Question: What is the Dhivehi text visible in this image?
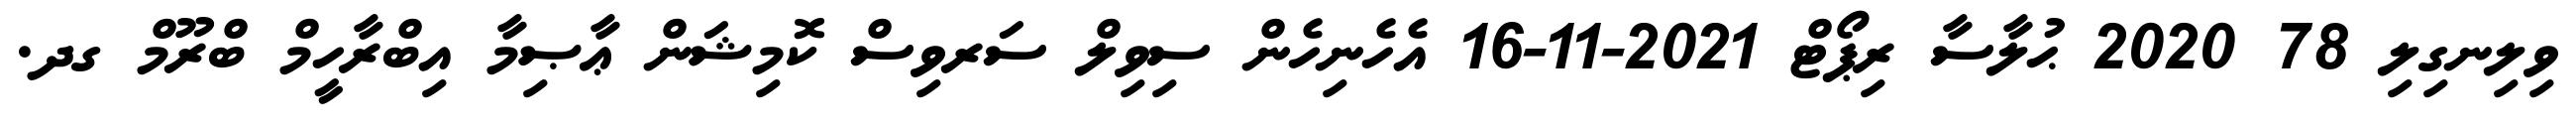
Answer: ވިލިނގިލި 78 2020 ޙުލާސާ ރިޕޯޓް 2021-11-16 އެހެނިހެން ސިވިލް ސަރވިސް ކޮމިޝަން ޢާޞިމާ އިބްރާހީމް ބްރޫމް ގދ.